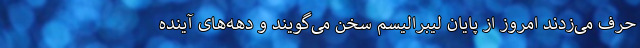
حرف می‌زدند امروز از پایان لیبرالیسم سخن می‌گویند و دهه‌های آینده